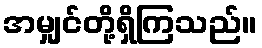
အမျှင်တို့ရှိကြသည်။